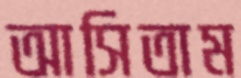
আসিতাম